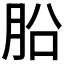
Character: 𣍬